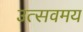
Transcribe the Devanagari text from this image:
उत्सवमय